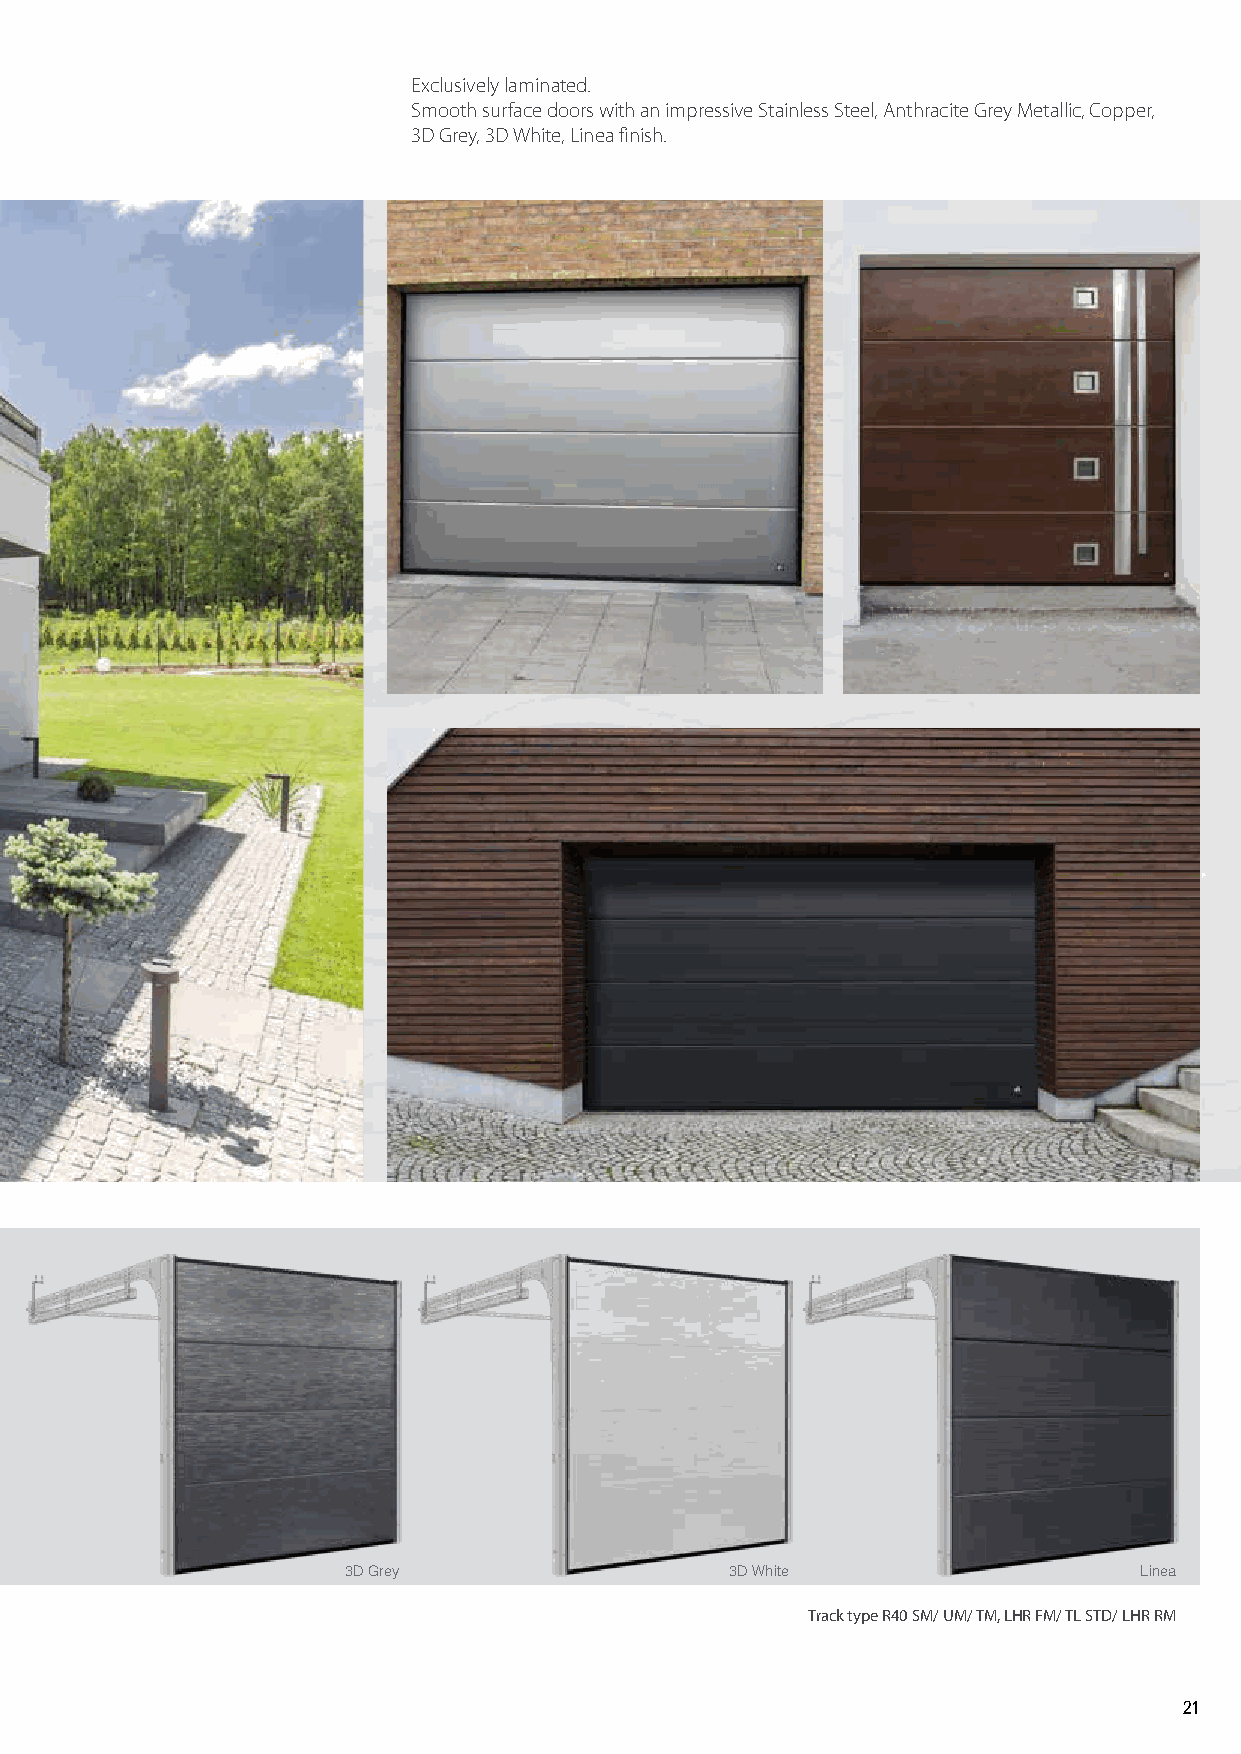
Exclusively laminated.
 Smooth surface doors with an impressive Stainless Steel, Anthracite Grey Metallic, Copper,
 3D Grey, 3D White, Linea finish.
 3D Grey                  3D White                   Linea
 Track type R40 SM/ UM/ TM, LHR FM/ TL STD/ LHR RM
 21